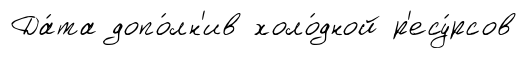
Да́та допо́лн'ив холо́дной р'есу́рсов